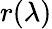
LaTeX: r(\lambda)